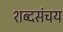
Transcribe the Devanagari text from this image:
शब्दसंचय